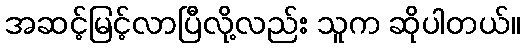
အဆင့်မြင့်လာပြီလို့လည်း သူက ဆိုပါတယ်။